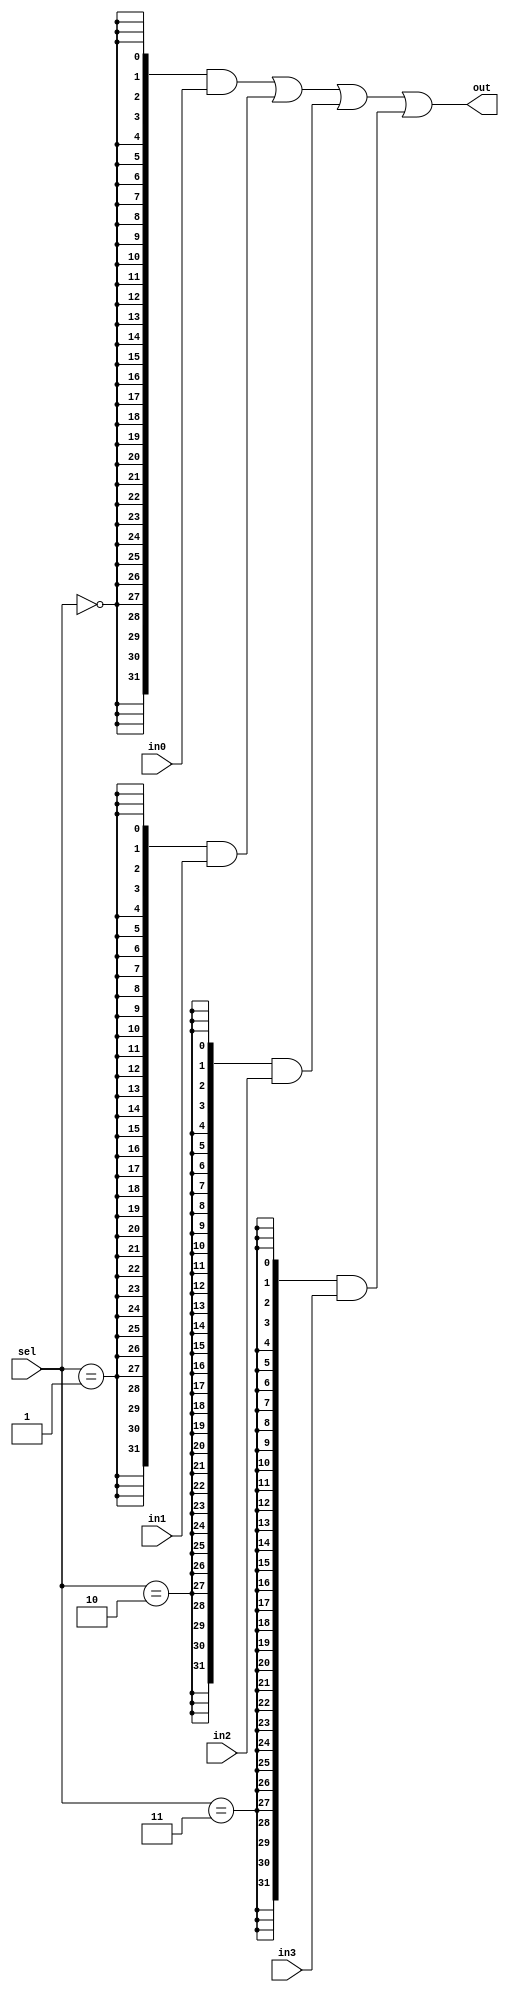
`timescale 1ns / 1ps
//////////////////////////////////////////////////////////////////////////////////
// 
// Design Name: 
// Module Name: MUX4
// 
//////////////////////////////////////////////////////////////////////////////////


module mux4
#( parameter WIDTH = 32 )
(
    input wire [WIDTH - 1 : 0] in0, in1, in2, in3,
    input wire [1 : 0] sel,
    output wire [WIDTH - 1 : 0] out
);

assign out = ( { WIDTH{sel == 2'd0}} & in0 )
                    |   ( { WIDTH{sel == 2'd1}} & in1 )
                    |   ( { WIDTH{sel == 2'd2}} & in2 )
                    |   ( { WIDTH{sel == 2'd3}} & in3 );
endmodule